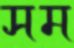
সম